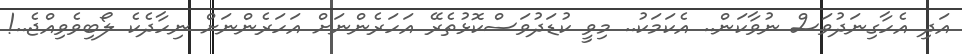
އަދި އެހާގިނަދުވަސް ނުވާކަން.. އެކަމަކު.. މިވީ ކުޑަދުވަސްކޮޅުތެރޭ އަހަރެންނަށް އަހަރެންނަށް ނިހާދެކެ ލޯބިވެވިއްޖެ..!